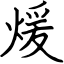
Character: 煖